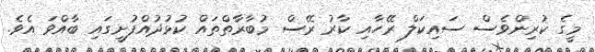
މީގެ ކުރިންވެސް ސައިކަލް ރޭހާއި ކާރު ރޭސް މުބާރާތްތައް ކުޅުދުއްފުށީގައި ބާއްވަ އެވެ.